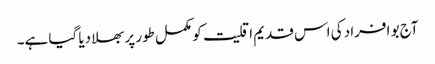
آج بو افراد کی اس قدیم اقلیت کو مکمل طور پر بھلا دیا گیا ہے۔